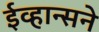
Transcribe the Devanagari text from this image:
ईव्हान्सने